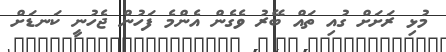
މުޅި ރަށަށް ގުއި ތައް ބޭރު ވެގެން އެންމެ ފަހުން ޖެހުނީ ކަނޑަށް